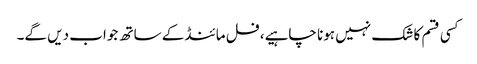
کسی قسم کا شک نہیں ہونا چاہیے، فل مائنڈ کے ساتھ جواب دیں گے۔